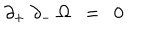
LaTeX: \partial _ { + } ~ \partial _ { - } ~ \Omega ~ ~ = ~ ~ 0 ~